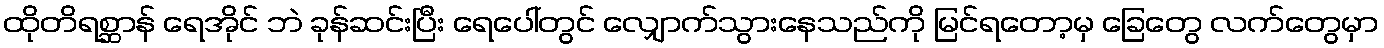
ထိုတိရစ္ဆာန် ရေအိုင် ဘဲ ခုန်ဆင်းပြီး ရေပေါ်တွင် လျှောက်သွားနေသည်ကို မြင်ရတော့မှ ခြေတွေ လက်တွေမှာ